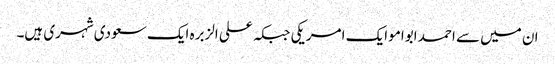
ان میں سے احمد ابوامو ایک امریکی جبکہ علی الزبرہ ایک سعودی شہری ہیں۔